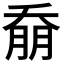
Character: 𭑚